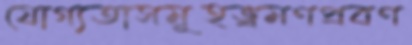
যোগ্যতাসমূহভ্রমণপ্রবণ